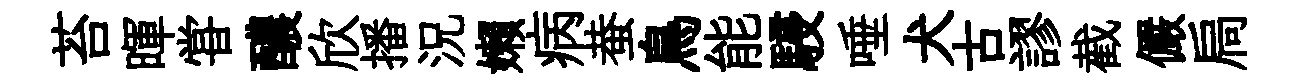
苔暉甞醲欣播況嬾病蛬鳥能駸唾犬古謬截儼扃